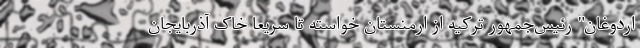
اردوغان" رئیس‌جمهور ترکیه از ارمنستان خواسته تا سریعا خاک آذربایجان